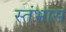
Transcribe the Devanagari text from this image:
स्तंभास